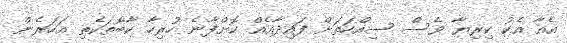
އެއާ އެކު ކިރިޔާ ވެސް ސިއްހަތަށް ފައިދާއެއް ކޮށްފާނެ ހުރިހާ ކާބޯތަކެތި އަހަރެން